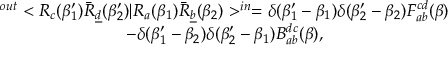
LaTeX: \begin{array} { c } { { ^ { o u t } < R _ { c } ( \beta _ { 1 } ^ { \prime } ) \bar { R } _ { \underline { { d } } } ( \beta _ { 2 } ^ { \prime } ) | R _ { a } ( \beta _ { 1 } ) \bar { R } _ { \underline { { b } } } ( \beta _ { 2 } ) > ^ { i n } = \delta ( \beta _ { 1 } ^ { \prime } - \beta _ { 1 } ) \delta ( \beta _ { 2 } ^ { \prime } - \beta _ { 2 } ) F _ { a b } ^ { c d } ( \beta ) } } \\ { { - \delta ( \beta _ { 1 } ^ { \prime } - \beta _ { 2 } ) \delta ( \beta _ { 2 } ^ { \prime } - \beta _ { 1 } ) B _ { a b } ^ { d c } ( \beta ) , } } \end{array}